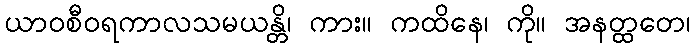
ယာဝစီဝရကာလသမယန္တိ၊ ကား။ ကထိနေ၊ ကို။ အနတ္ထတေ၊